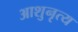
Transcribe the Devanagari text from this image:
आशुनृत्य